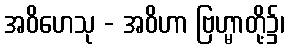
အဝိဟေသု - အဝိဟာ ဗြဟ္မာတို့၌၊